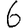
Digit: 6